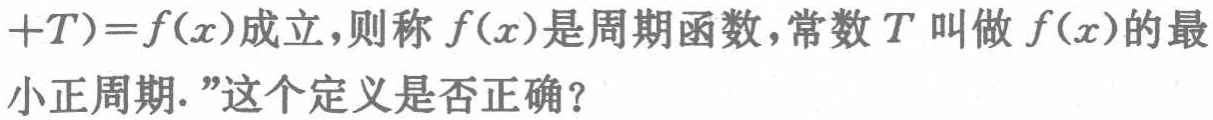
“\(+T)=f(x)\)成立，则称\(f(x)\)是周期函数，常数\(T\)叫做\(f(x)\)的最 小正周期.”这个定义是否正确？